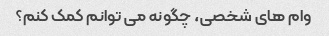
وام های شخصی، چگونه می توانم کمک کنم؟